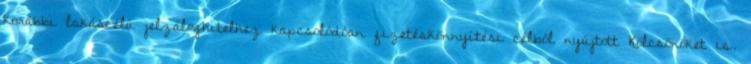
korábbi lakáscélú jelzáloghitelhez kapcsolódóan fizetéskönnyítési célból nyújtott Kölcsönöket is.